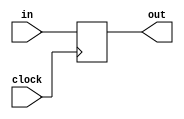
module laser_detector(out, in, clock);
input in, clock;
output reg out;

always @(posedge clock)
begin
    out <= in;
end

endmodule